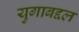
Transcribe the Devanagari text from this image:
युगाबद्दल